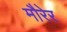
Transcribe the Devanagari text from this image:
मौरेर